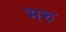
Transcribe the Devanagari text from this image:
भरु